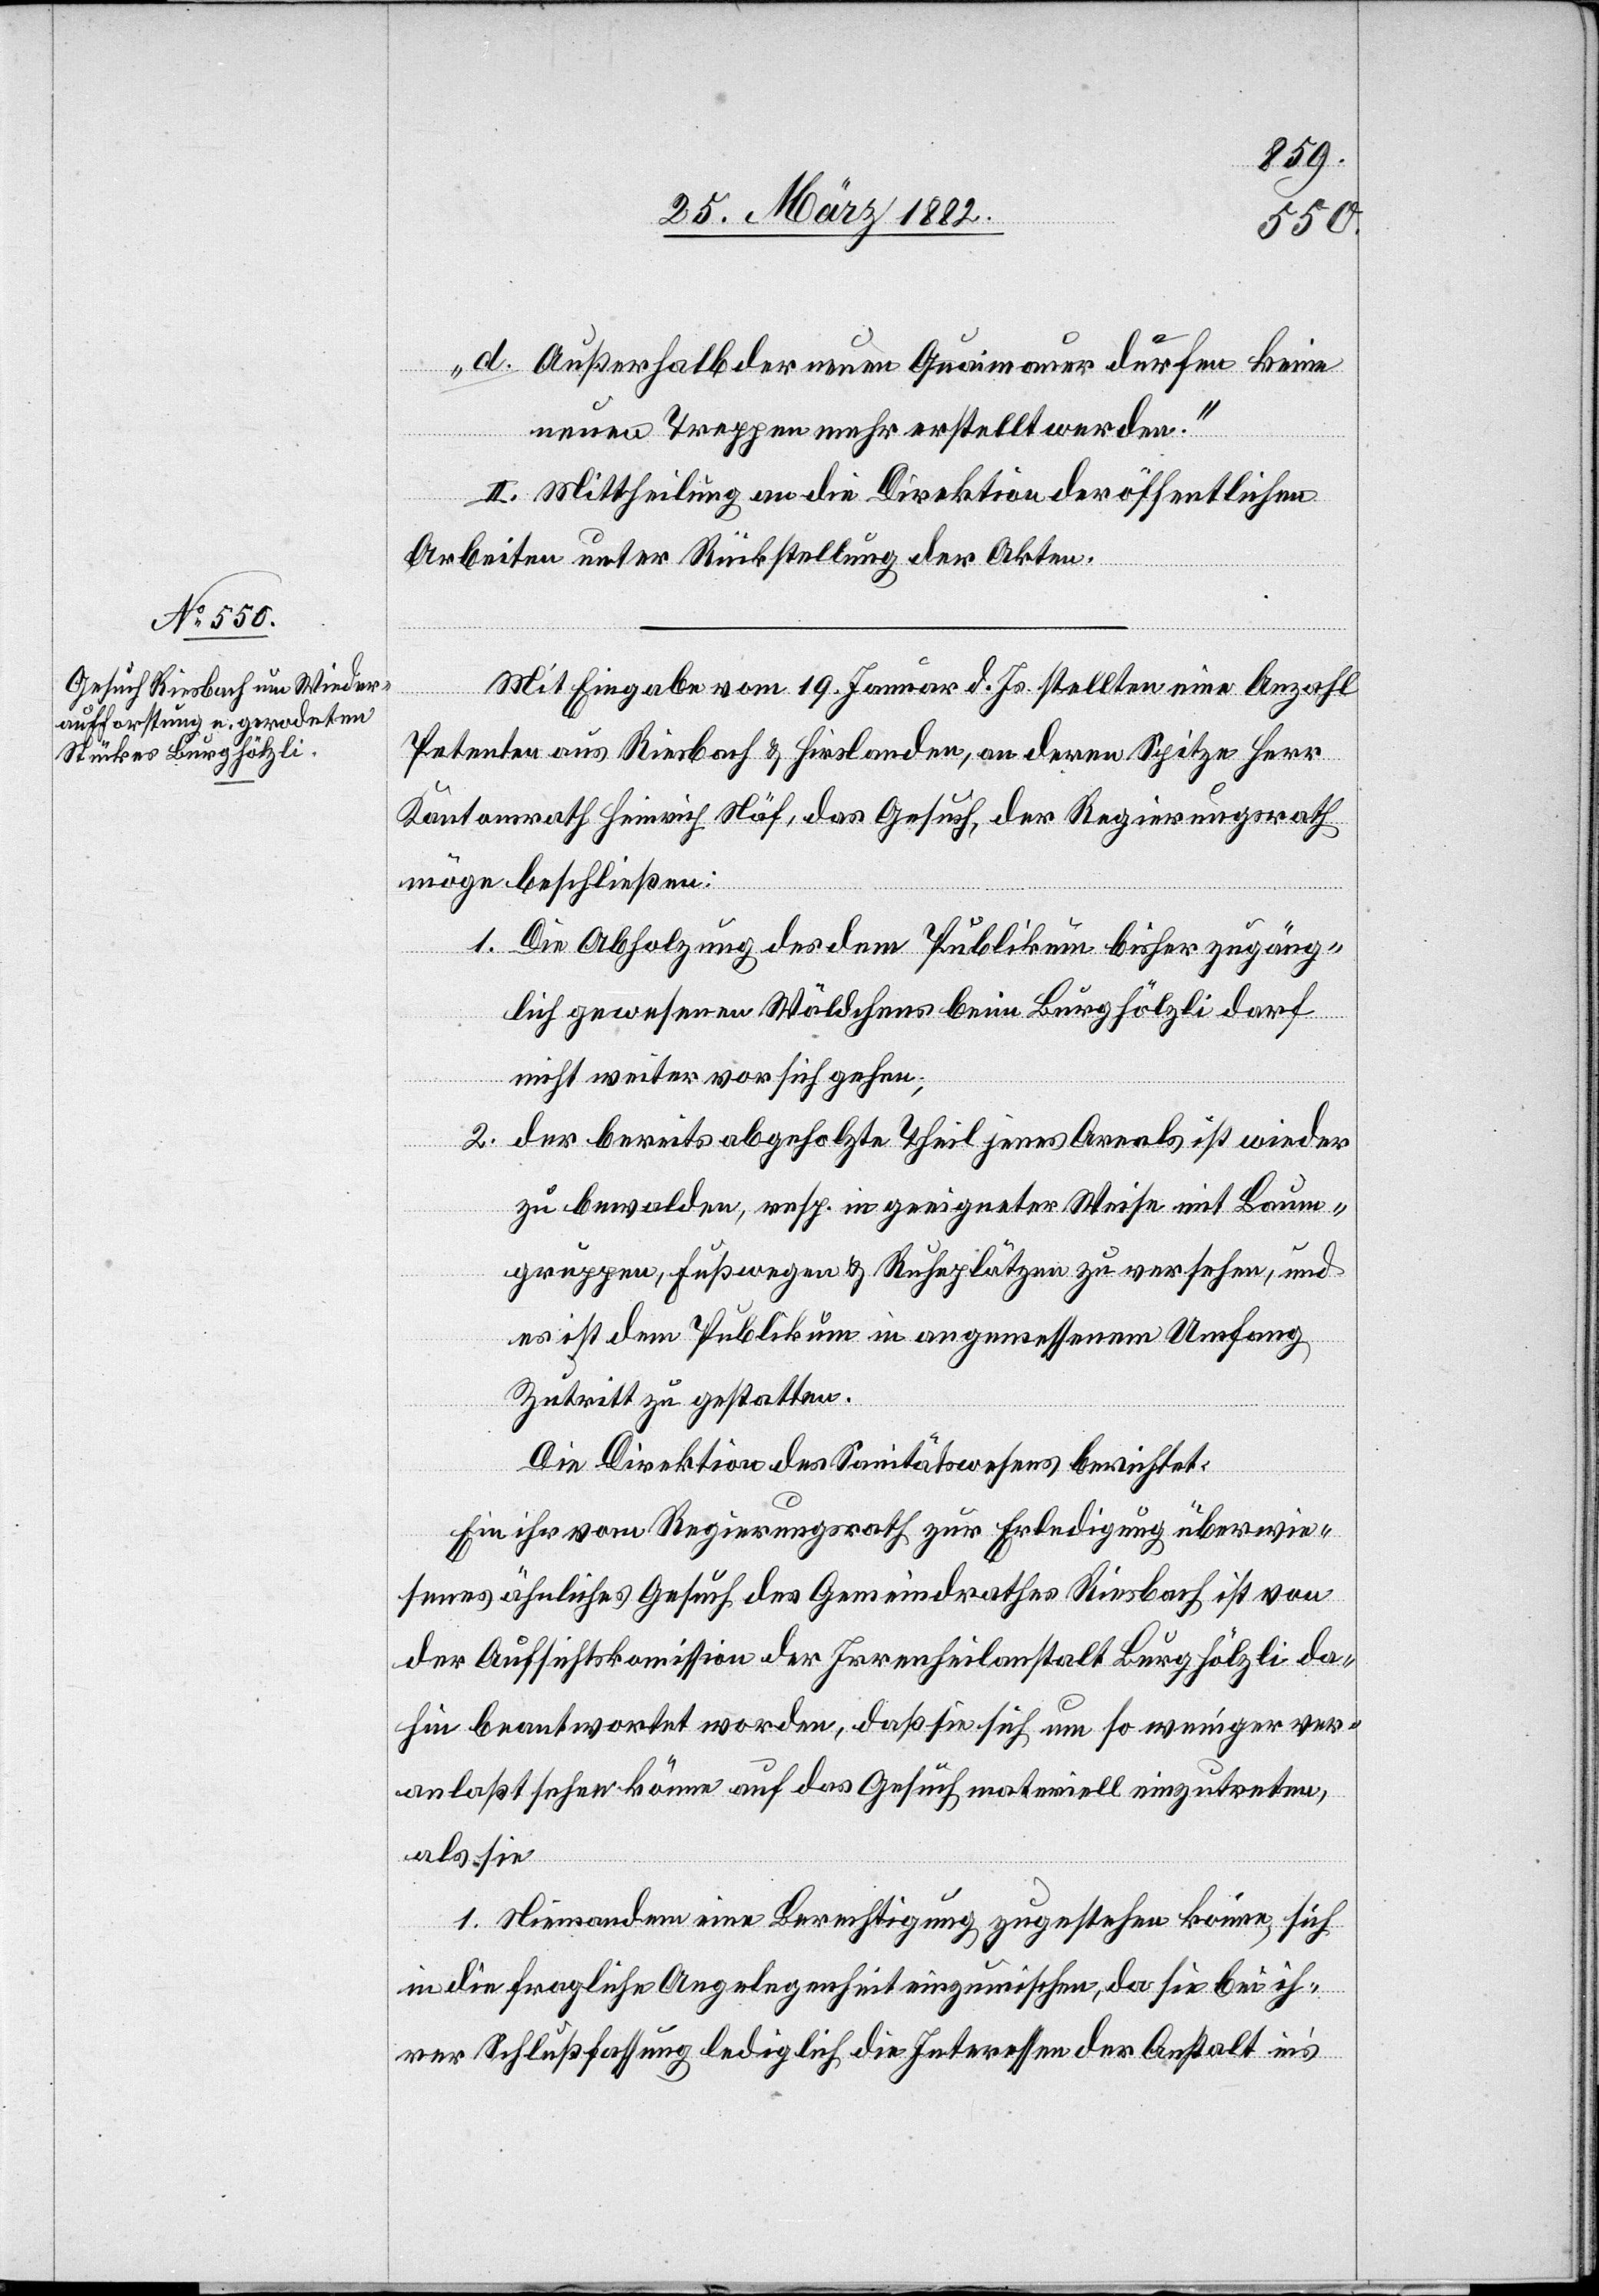
d. Außerhalb der neuen Quaimauer dürfen keine
neuen Treppen mehr erstellt werden.“
II. Mittheilung an die Direktion der öffentlichen
Arbeiten unter Rückstellung der Akten.
Mit Eingabe vom 19. Januar d. Js. stellten eine Anzahl
Petenten aus Riesbach & Hirslanden, an deren Spitze Herr
Kantonsrath Heinrich Näf, das Gesuch, der Regierungsrath
möge beschließen:
1. Die Abholzung des dem Publikum bisher zugäng¬
lich gewesenen Wäldchens beim Burghölzli darf
nicht weiter vor sich gehen;
2. der bereits abgeholzte Theil jenes Areals ist wieder
zu bewalden, resp. in geeigneter Weise mit Baum¬
gruppen, Fußwegen & Ruheplätzen zu versehen, und
es ist dem Publikum in angemessenem Umfang
Zutritt zu gestatten.
Die Direktion des Sanitätswesens berichtet:
Ein ihr vom Regierungsrath zur Erledigung überwie¬
senes ähnliches Gesuch des Gemeindrathes Riesbach, ist von
der Aufsichtskommission der Irrenheilanstalt Burghölzli da¬
hin beantwortet worden, daß sie sich um so weniger ver¬
anlaßt sehen könne auf das Gesuch materiell einzutreten,
als sie
1. Niemanden eine Berechtigung zugestehen könne, sich
in die fragliche Angelegenheit einzumischen, da sie bei ih¬
rer Schlußfassung lediglich die Interessen der Anstalt ins